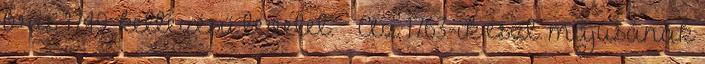
bris 1749” keltezésű levelet. ↑ „Az 1763-ik eszt. májusának